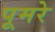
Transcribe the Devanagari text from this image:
पूमरे